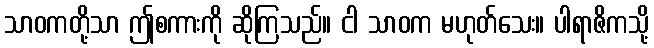
သာဝကတို့သာ ဤစကားကို ဆိုကြသည်။ ငါ သာဝက မဟုတ်သေး။ ပါရာဇိကသို့